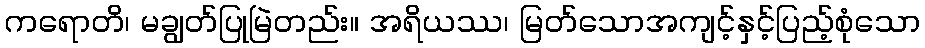
ကရောတိ၊ မချွတ်ပြုမြဲတည်း။ အရိယဿ၊ မြတ်သောအကျင့်နှင့်ပြည့်စုံသော